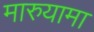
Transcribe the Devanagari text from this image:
मारुयामा